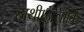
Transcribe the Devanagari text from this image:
हाथी।हालांकि